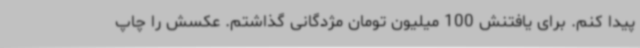
پیدا کنم. برای یافتنش 100‌ میلیون تومان مژدگانی گذاشتم. عکسش را چاپ